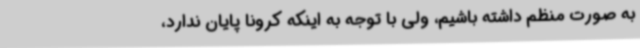
به صورت منظم داشته باشیم، ولی با توجه به اینکه کرونا پایان ندارد،